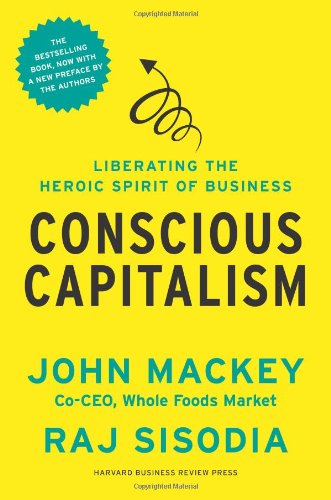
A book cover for Conscious Capitalism, With a New Preface by the Authors: Liberating the Heroic Spirit of Business; John Mackey; Business & Money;